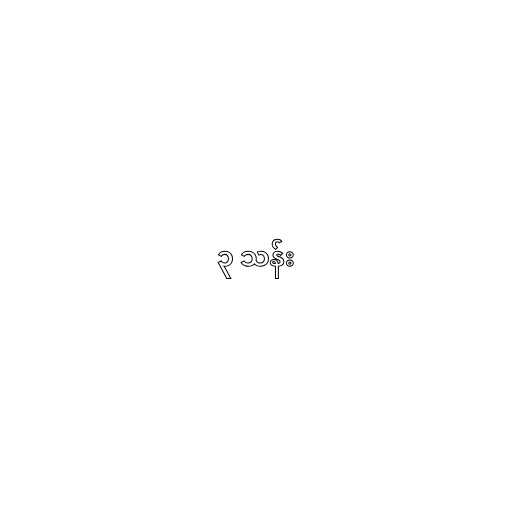
၃ သန်း